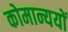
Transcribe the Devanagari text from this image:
कोमान्ययों